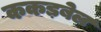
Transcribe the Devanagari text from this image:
ककड़बेल